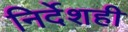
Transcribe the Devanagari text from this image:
निर्देशही